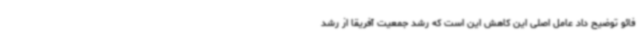
فائو توضیح داد عامل اصلی این کاهش این است که رشد جمعیت آفریقا از رشد